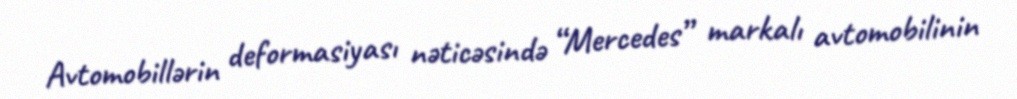
Avtomobillərin deformasiyası nəticəsində “Mercedes” markalı avtomobilinin